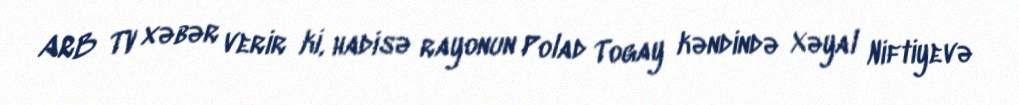
ARB TV xəbər verir ki, hadisə rayonun Polad Togay kəndində Xəyal Niftiyevə